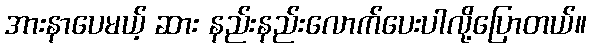
အားနာပေမယ့် ဆား နည်းနည်းလောက်ပေးပါလို့ပြောတယ်။